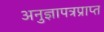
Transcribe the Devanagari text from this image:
अनुज्ञापत्रप्राप्त